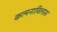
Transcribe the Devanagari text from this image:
कल्पनाविलास